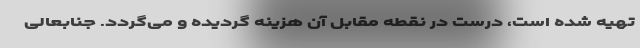
تهیه شده است، درست در نقطه مقابل آن هزینه گردیده و می‌گردد. جنابعالی